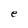
Character: e